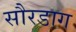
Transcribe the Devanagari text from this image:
सौरडाग